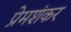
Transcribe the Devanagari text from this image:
प्रेमशंकर